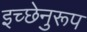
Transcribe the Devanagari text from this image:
इच्छेनुरूप